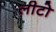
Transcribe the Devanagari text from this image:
लीटो